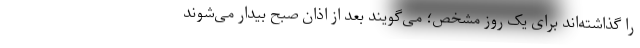
را گذاشته‌اند برای یک روز مشخص؛ می‌گویند بعد از اذان صبح بیدار می‌شوند